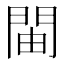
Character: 𫔞